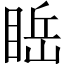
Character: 𥇸